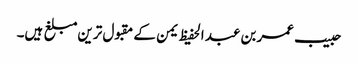
حبیب عمر بن عبد الحفیظ یمن کے مقبول ترین مبلغ ہیں۔